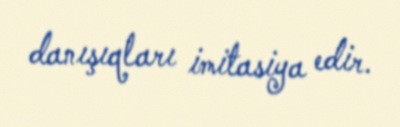
danışıqları imitasiya edir.